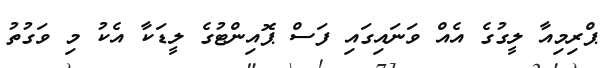
ޕްރިމިއާ ލީގުގެ އެއް ވަނައިގައި ފަސް ޕޮއިންޓުގެ ލީޑަކާ އެކު މި ވަގުތު